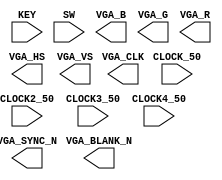

//=======================================================
//  This code is generated by Terasic System Builder
//=======================================================

module DE10_Standard(

	//////////// CLOCK //////////
	input 		          		CLOCK2_50,
	input 		          		CLOCK3_50,
	input 		          		CLOCK4_50,
	input 		          		CLOCK_50,

	//////////// KEY //////////
	input 		     [3:0]		KEY,

	//////////// SW //////////
	input 		     [9:0]		SW,

	//////////// VGA //////////
	output		          		VGA_BLANK_N,
	output		     [7:0]		VGA_B,
	output		          		VGA_CLK,
	output		     [7:0]		VGA_G,
	output		          		VGA_HS,
	output		     [7:0]		VGA_R,
	output		          		VGA_SYNC_N,
	output		          		VGA_VS
);



//=======================================================
//  REG/WIRE declarations
//=======================================================




//=======================================================
//  Structural coding
//=======================================================



endmodule